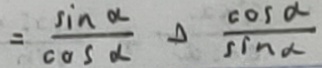
= \frac { \sin \alpha } { \cos \alpha } \Delta \frac { \cos \alpha } { \sin \alpha }